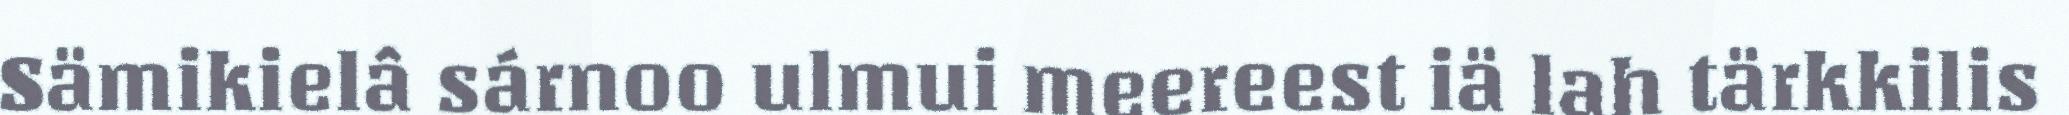
Sämikielâ sárnoo ulmui meereest iä lah tärkkilis